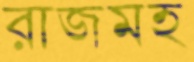
রাজমহ